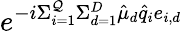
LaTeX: e^{-i\Sigma_{i=1}^{\mathcal{Q}}\Sigma_{d=1}^{D}\hat{{\mu}}_{d}\hat{{q}}_{i}e_{i,d}}